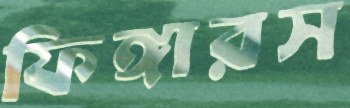
ফিঙ্গারস